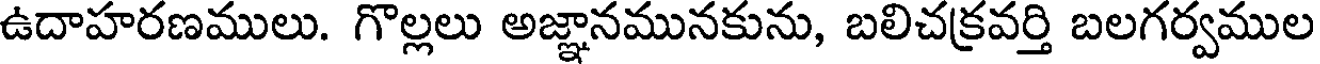
ఉదాహరణములు. గొల్లలు అజ్ఞానమునకును, బలిచక్రవర్తి బలగర్వముల